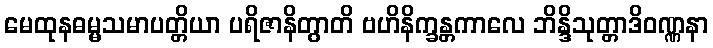
မေထုနဓမ္မသမာပတ္တိယာ ပရိဇာနိတွာတိ ဗဟိနိက္ခန္တကာလေ ဘိန္ဒိသုတ္တာဒိဝဏ္ဏနာ